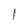
Character: l